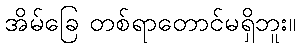
အိမ်ခြေ တစ်ရာတောင်မရှိဘူး။